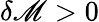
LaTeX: \delta\mathscr{M}>0